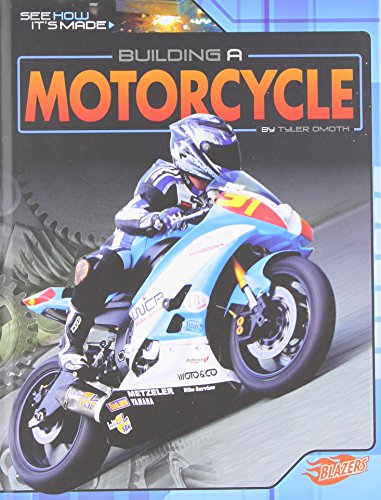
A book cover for Building a Motorcycle (See How It's Made); Tyler Omoth; Children's Books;